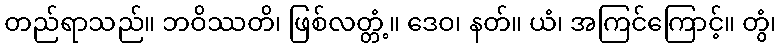
တည်ရာသည်။ ဘဝိဿတိ၊ ဖြစ်လတ္တံ့။ ဒေဝ၊ နတ်။ ယံ၊ အကြင်ကြောင့်။ တွံ၊